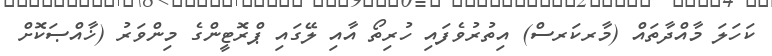
ކަހަލަ މާއްދާތައް (މާރކަރސް) އިތުރުވެފައި ހުރިތޯ އާއި ލޭގައި ޕްރޮޓީންގެ މިންވަރު (ޚާއްޞަކޮށް